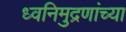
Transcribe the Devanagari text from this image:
ध्वनिमुद्रणांच्या